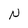
Character: N